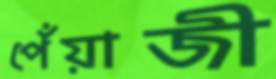
পেঁয়াজী